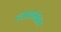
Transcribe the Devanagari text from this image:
न्यायमंडळ